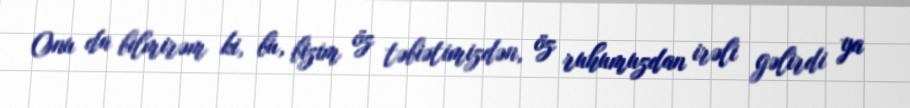
Onu da bilmirəm ki, bu, bizim öz təbiətimizdən, öz ruhumuzdan irəli gəlirdi ya